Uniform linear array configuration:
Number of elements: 8
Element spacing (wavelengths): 0.25
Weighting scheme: binomial
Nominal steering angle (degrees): -30
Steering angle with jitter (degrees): -28.859
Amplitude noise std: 0.05
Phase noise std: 0.05

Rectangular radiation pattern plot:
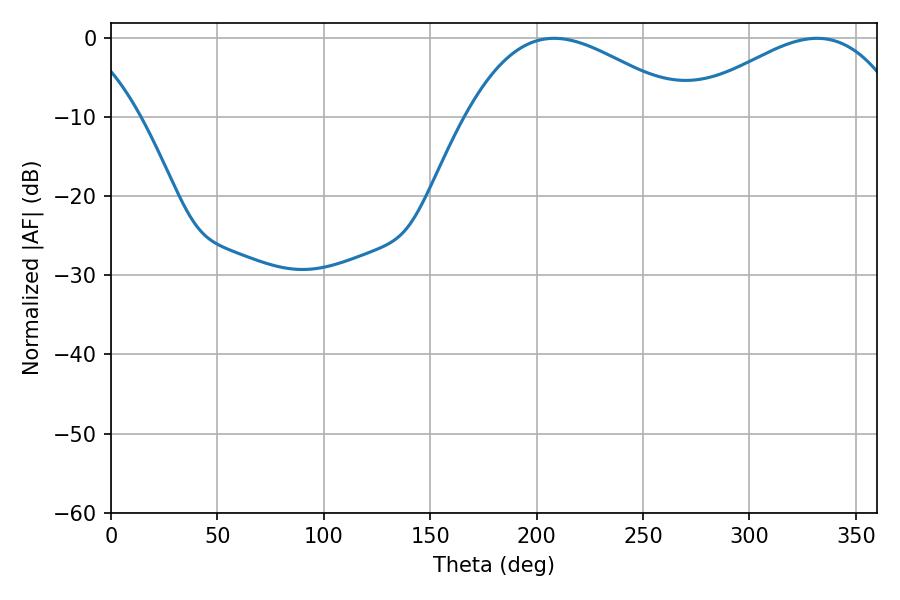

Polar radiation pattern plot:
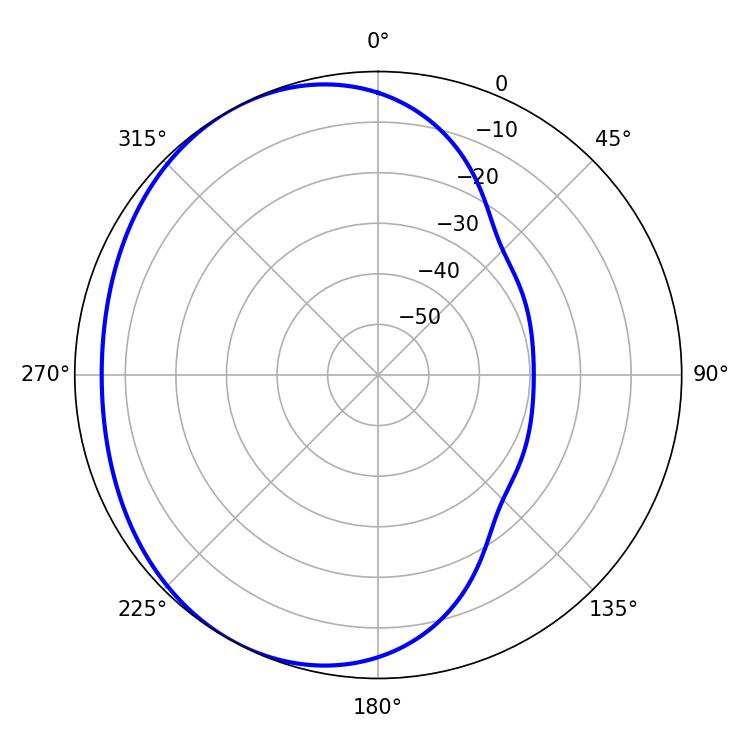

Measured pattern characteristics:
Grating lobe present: FALSE
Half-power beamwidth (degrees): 56.52
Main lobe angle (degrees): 208.26